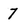
Character: 7